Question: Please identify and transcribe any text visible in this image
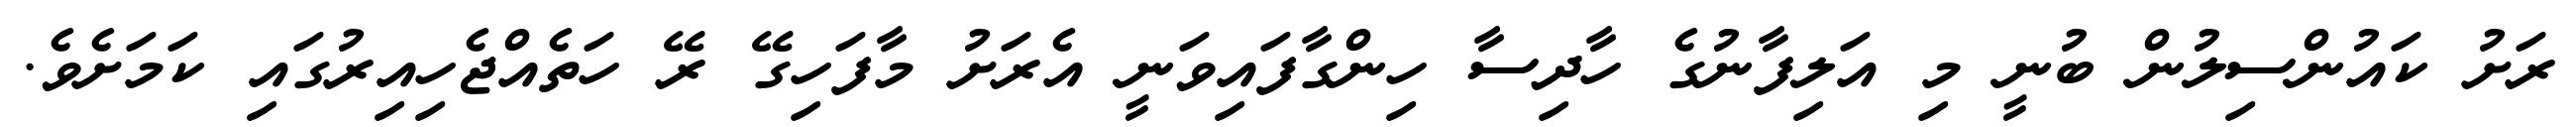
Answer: ރަށު ކައުންސިލުން ބުނީ މި އަލިފާނުގެ ހާދިސާ ހިންގާފައިވަނީ އެރަށު މާފަހިގޭ ރޭ ހަތެއްޖެހިއިރުގައި ކަމަށެވެ.